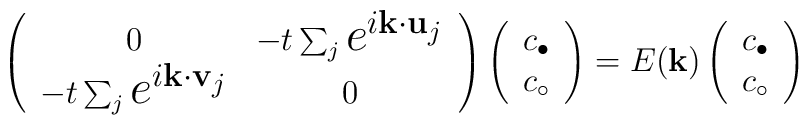
\left(\begin{array}{cc} 0  &  - t \sum_{j}\mbox{\Large $e^{i{\bf k \cdot u}_{j}}$} \\- t \sum_{j}\mbox{\Large $e^{i{\bf k \cdot v}_{j}}$} &  0\end{array} \right) \left(\begin{array}{c}c_{\bullet}  \\c_{\circ}\end{array}    \right) = E({\bf k})\left(\begin{array}{c}c_{\bullet}  \\c_{\circ}\end{array}    \right)